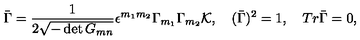
\bar { \Gamma } = { \frac { 1 } { 2 \sqrt { - \det { G _ { m n } } } } } \epsilon ^ { m _ { 1 } m _ { 2 } } \Gamma _ { m _ { 1 } } \Gamma _ { m _ { 2 } } { \cal K } , \quad ( \bar { \Gamma } ) ^ { 2 } = 1 , \quad T r \bar { \Gamma } = 0 ,